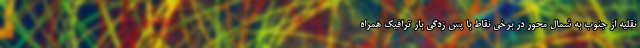
نقلیه از جنوب به شمال محور در برخی نقاط با پس زدگی بار ترافیک همراه